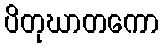
ပိတုဃာတကော